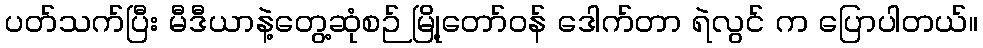
ပတ်သက်ပြီး မီဒီယာနဲ့တွေ့ဆုံစဉ် မြို့တော်ဝန် ဒေါက်တာ ရဲလွင် က ပြောပါတယ်။